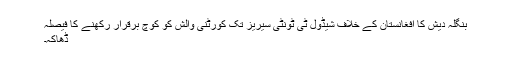
بنگلہ دیش کا افغانستان کے خلاف شیڈول ٹی ٹونٹی سیریز تک کورٹنی والش کو کوچ برقرار رکھنے کا فیصلہ
ڈھاکہ۔